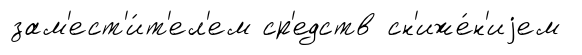
зам'ест'и́т'ел'ем ср'едств сн'иже́н'иjем